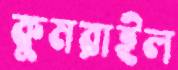
কুমরাইল